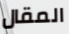
المقال